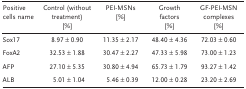
| Positive cells name | Control (without treatment) [%] | PEI‐MSNs [%] | Growth factors [%] | GF‐PEI‐MSN complexes [%] |
 | --- | --- | --- | --- | --- |
 | Sox17 | 8.97 ± 0.90 | 11.35 ± 2.17 | 48.40 ± 4.36 | 72.03 ± 0.60 |
 | FoxA2 | 32.53 ± 1.88 | 30.47 ± 2.27 | 47.33 ± 5.98 | 73.00 ± 1.23 |
 | AFP | 27.10 ± 5.35 | 30.80 ± 4.94 | 65.73 ± 1.79 | 93.27 ± 1.42 |
 | ALB | 5.01 ± 1.04 | 5.46 ± 0.39 | 12.00 ± 0.28 | 23.20 ± 2.69 |